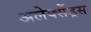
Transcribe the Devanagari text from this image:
अलेक्सेंड्रस